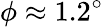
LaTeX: \phi\approx 1.2^{\circ}